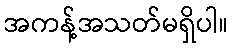
အကန့်အသတ်မရှိပါ။